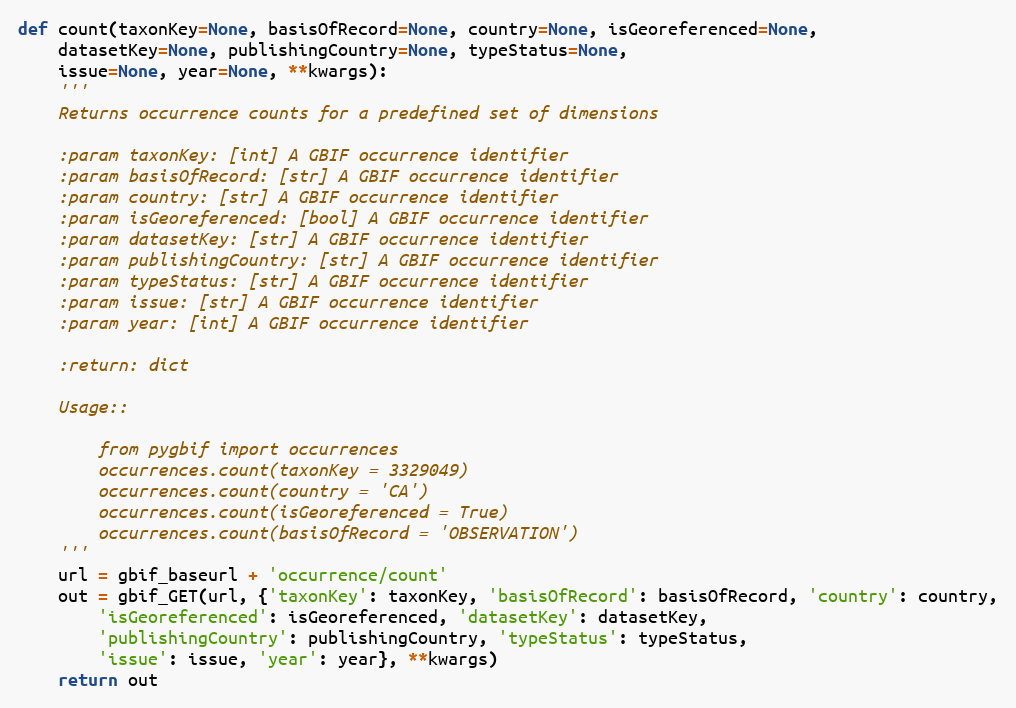
Language: Python
def count(taxonKey=None, basisOfRecord=None, country=None, isGeoreferenced=None,
    datasetKey=None, publishingCountry=None, typeStatus=None,
    issue=None, year=None, **kwargs):
    '''
    Returns occurrence counts for a predefined set of dimensions

    :param taxonKey: [int] A GBIF occurrence identifier
    :param basisOfRecord: [str] A GBIF occurrence identifier
    :param country: [str] A GBIF occurrence identifier
    :param isGeoreferenced: [bool] A GBIF occurrence identifier
    :param datasetKey: [str] A GBIF occurrence identifier
    :param publishingCountry: [str] A GBIF occurrence identifier
    :param typeStatus: [str] A GBIF occurrence identifier
    :param issue: [str] A GBIF occurrence identifier
    :param year: [int] A GBIF occurrence identifier

    :return: dict

    Usage::

        from pygbif import occurrences
        occurrences.count(taxonKey = 3329049)
        occurrences.count(country = 'CA')
        occurrences.count(isGeoreferenced = True)
        occurrences.count(basisOfRecord = 'OBSERVATION')
    '''
    url = gbif_baseurl + 'occurrence/count'
    out = gbif_GET(url, {'taxonKey': taxonKey, 'basisOfRecord': basisOfRecord, 'country': country,
        'isGeoreferenced': isGeoreferenced, 'datasetKey': datasetKey,
        'publishingCountry': publishingCountry, 'typeStatus': typeStatus,
        'issue': issue, 'year': year}, **kwargs)
    return out